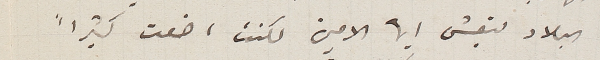
البلاد لتعيش ايها الامين لكنت اضعت كثيراً